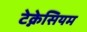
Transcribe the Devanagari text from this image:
टेक्नेसियम